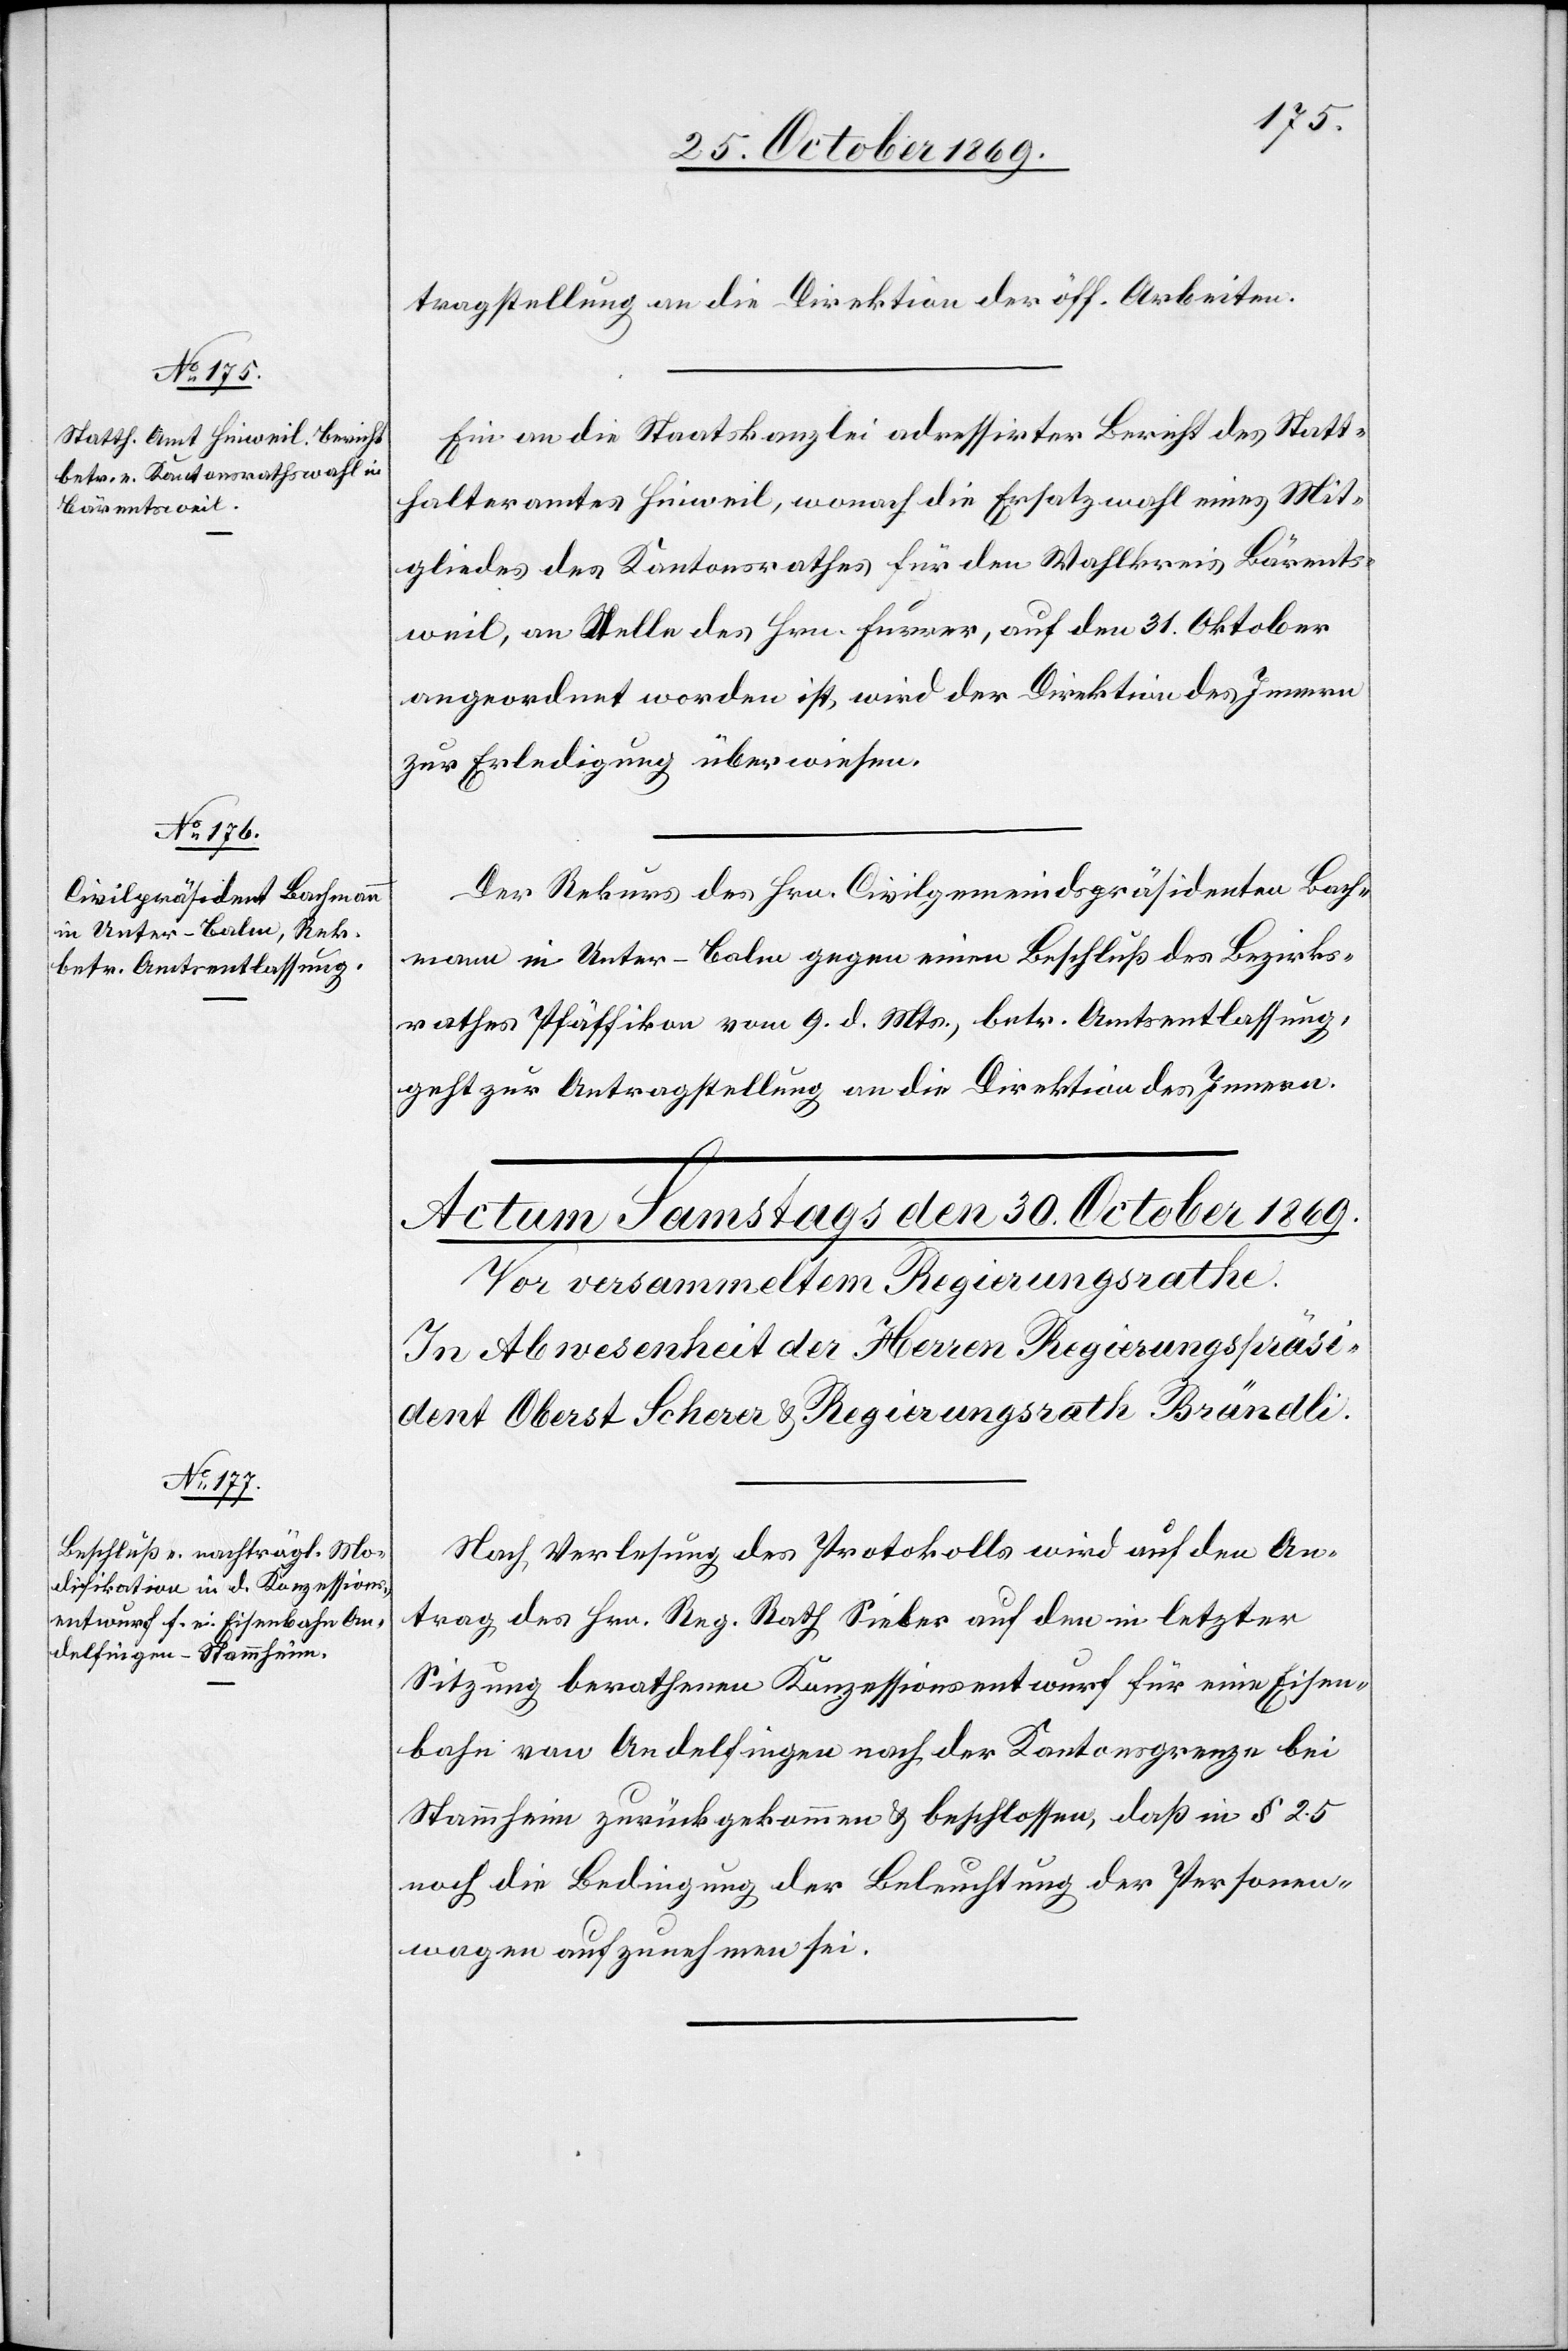
28. October 1869.]
tragstellung an die Direktion der öff. Arbeiten.
Ein an die Staatskanzlei adressirter Bericht des Statt¬
halteramtes Hinweil, wonach die Ersatzwahl eines Mit¬
gliedes des Kantonsrathes für den Wahlkreis Bärents¬
weil, an Stelle des Hrn. Furrer, auf den 31. Okober
angeordnet worden ist, wird der Direktion des Innern
zur Erledigung überwiesen.
Der Rekurs des Hrn. Civilgemeindspräsidenten Bach¬
mann in Unter-Balm gegen einen Beschluß des Bezirks¬
rathes Pfäffikon vom 9. d. Mts., betr. Amtsentlassung,
geht zur Antragstellung an die Direktion des Innern.
Nach Verlesung des Protokolls wird auf den An¬
trag des Hrn. Reg. Rath Sieber auf den in letzter
Sitzung berathenen Konzessionsentwurf für eine Eisen¬
bahn von Andelfingen nach der Kantonsgrenze bei
Stammheim zurückgekommen & beschlossen, daß in § 25
noch die Bedingung der Beleuchtung der Personen¬
wagen aufzunehmen sei.